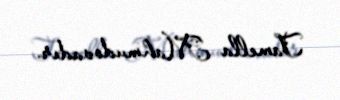
Tamella Mahmudovadır.